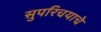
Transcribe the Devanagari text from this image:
सुपरिचयाचे